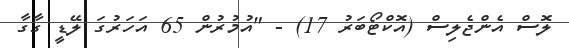
ލޮސް އެންޖެލިސް (އޮކްޓޯބަރު 17) - "އުމުރުން 65 އަހަރުގަ ލޭޑީ ގާގާ